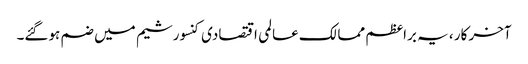
آخر کار ، یہ براعظم ممالک عالمی اقتصادی کنسورشیم میں ضم ہوگئے۔